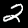
Digit: 2